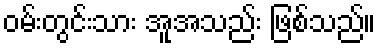
ဝမ်းတွင်းသား အူအသည်း ဖြစ်သည်။